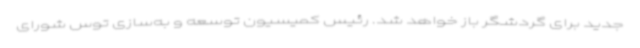
جدید برای گردشگر باز خواهد شد. رئیس کمیسیون توسعه و به‌سازی توس شورای